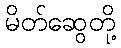
မိတ်ဆွေတို့